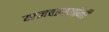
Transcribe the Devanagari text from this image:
याज्ञवल्क्यांनी